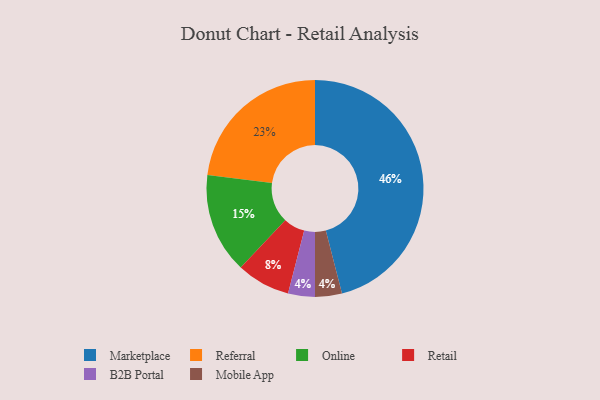
{"axis": {"x": "Category", "y": "Percentage"}, "legend": ["B2B Portal", "Marketplace", "Mobile App", "Online", "Referral", "Retail"], "data": [{"x": "Referral", "y": 23, "type": "Referral"}, {"x": "Retail", "y": 8, "type": "Retail"}, {"x": "Online", "y": 15, "type": "Online"}, {"x": "Marketplace", "y": 46, "type": "Marketplace"}, {"x": "B2B Portal", "y": 4, "type": "B2B Portal"}, {"x": "Mobile App", "y": 4, "type": "Mobile App"}]}